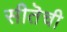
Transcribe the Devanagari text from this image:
सीतॆची